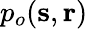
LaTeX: p_{o}(\mathbf{s},\mathbf{r})